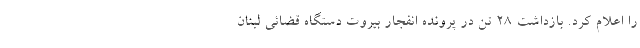
را اعلام کرد. بازداشت ۲۸ تن در پرونده انفجار بیروت دستگاه قضائی لبنان